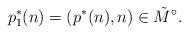
LaTeX: \begin{align*}p_1^*(n)=(p^*(n), n)\in \tilde M^{\circ}.\end{align*}